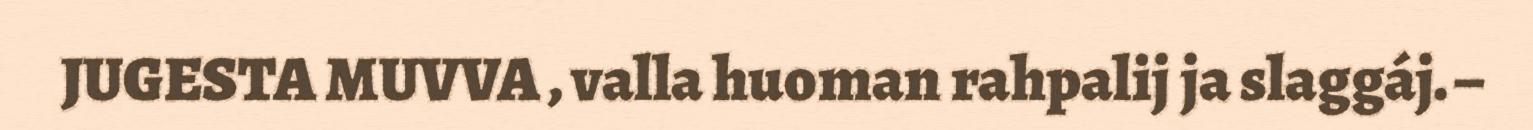
JUGESTA MUVVA , valla huoman rahpalij ja slaggáj. –